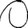
Digit: 0